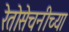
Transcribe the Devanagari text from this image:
रेतोसेचनीच्या